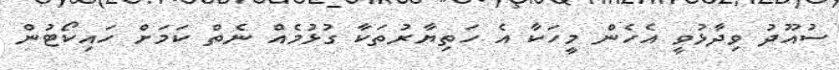
ސުއޫދު ވިދާޅުވީ އެހެން މީހަކާ އެ ހަތިޔާރުތަކާ ގުޅުމެެއް ނެތް ކަމަށް ހައިކޯޓުން